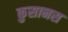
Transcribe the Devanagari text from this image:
कुसानस